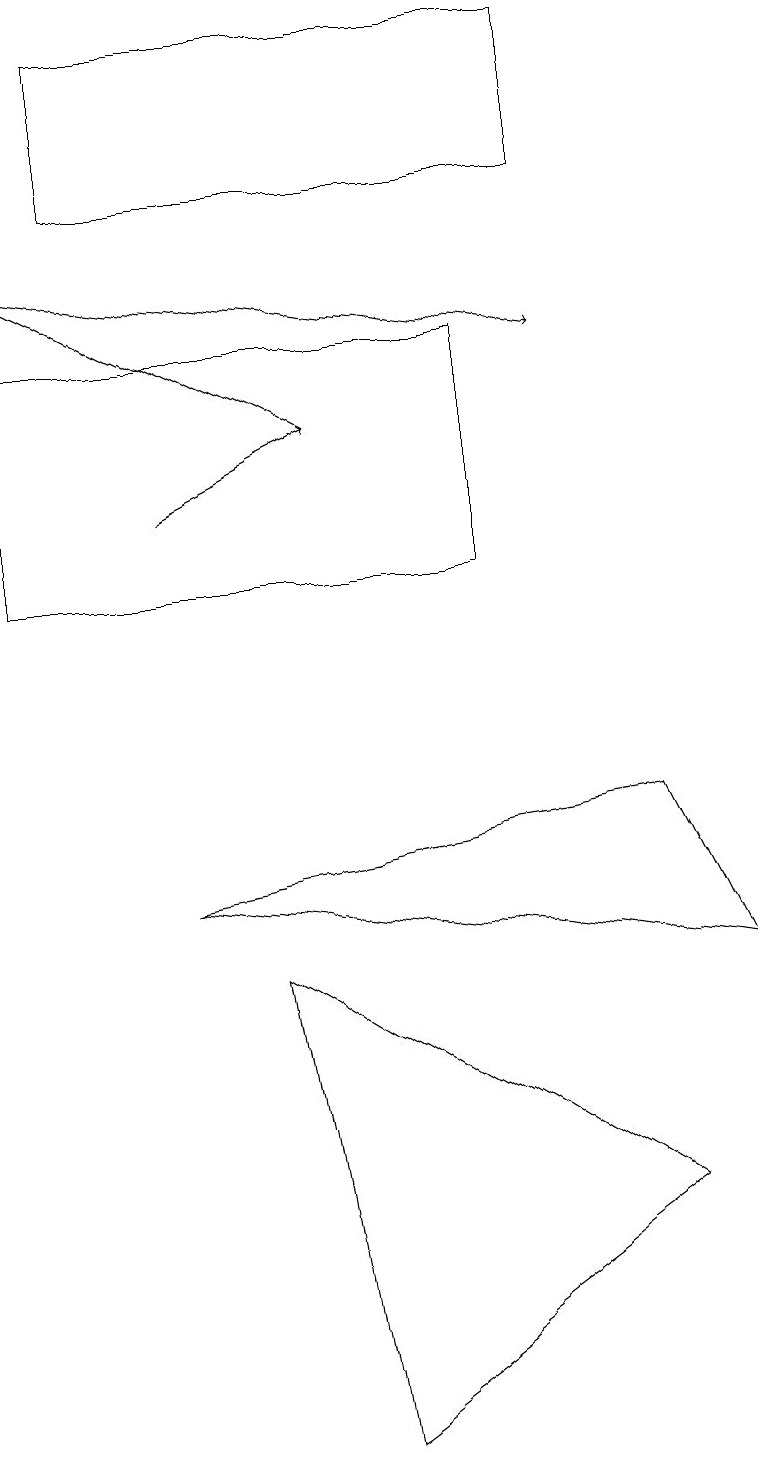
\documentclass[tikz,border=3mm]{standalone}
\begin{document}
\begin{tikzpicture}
\draw (9,7) -- (2,8) -- (8,9) -- cycle;
\draw (4,1) -- (3,7) -- (8,4) -- cycle;
\draw (0,12) rectangle (6,15);
\draw[->] (4,14) -- (0,16);
\draw (7,19) rectangle (1,17);
\draw[->] (2,13) -- (4,14);
\draw[->] (0,16) -- (7,15);
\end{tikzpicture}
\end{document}